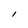
Character: l